Civil Veterinary Department Bihar reports 1940-50 - 1940-1950
Year: 1940
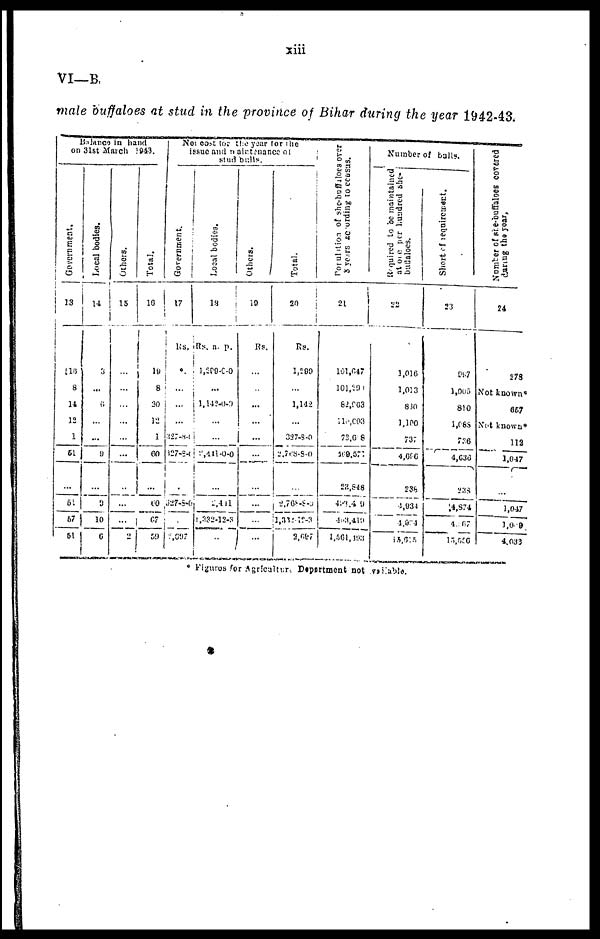
xiii
VI—B.
male buffaloes at stud in the province of Bihar during the year 1942-43.
Balance in hand
on 31st March 1943.
Government.
13
118
8
14
12
1
51
...
51
67
51
Local bodies.
14
3
...
6
...
...
9
...
9
10
6
Others.
15
...
...
...
...
...
...
...
...
...
2
Total.
16
19
8
30
12
1
60
...
60
67
59
Not cost for the year for the
issue and maintenance of
stud bulls.
Government.
17
Rs.
...
...
...
...
327-8-0
327-8-0
.
327-8-0
...
5,697
Local bodies.
18
Rs. a. p.
1,289-0-0
...
1,142-0-0
...
...
2,441-0-0
...
2,441
1,332-12-3
...
Others.
19
Rs.
...
...
...
...
...
...
...
...
...
...
Total.
20
Rs.
1,290
...
1,142
...
327-8-0
2,768-8-0
...
2,768-8-9
1,332-12-3
2,697
Population
of she-buffaloes over
3 years according
to census.
21
191,647
101,290
82,963
118,003
73,608
469,577
23,848
423,419
423,419
1,561,493
Number of bulls.
Required
to be maintained
at one per hundred she-
buffaloes.
22
1,016
1,013
830
1,100
737
4,0P6
238
4,934
4,924
13,615
Short of requirement.
23
997
1,005
810
1,083
736
4,636
233
14,874
4,067
15,556
Number
of she-buffaloes covered
during the year,
24
278
Not known*
667
Not known*
112
1,047
...
1,047
1,029
4,033
* Figuros for Agriculture Department not available.